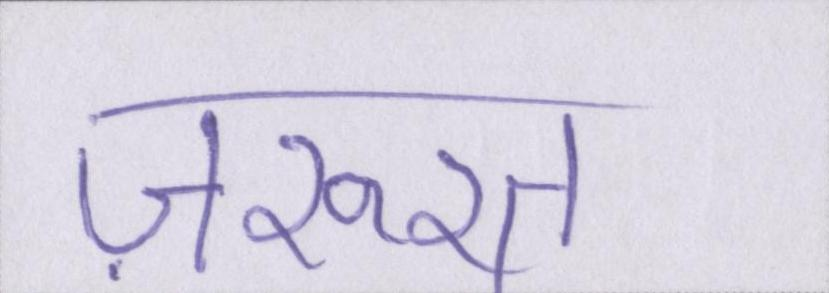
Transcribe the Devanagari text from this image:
ज़रूरत